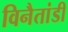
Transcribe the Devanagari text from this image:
विनैतांडी